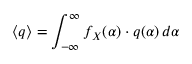
\langle q \rangle = \int _ { - \infty } ^ { \infty } f _ { X } ( \alpha ) \cdot q ( \alpha ) \, d \alpha